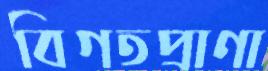
বিগতপ্রাণা